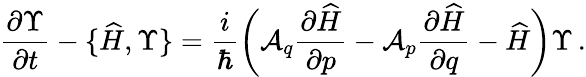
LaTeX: \frac{\partial\Upsilon}{\partial t}-\{ \widehat{H},\Upsilon\} =\frac{i}\hbar\bigg({\cal A}_{q}\frac{\partial\widehat{H}}{\partial p}-{\cal A}_{p}\frac{\partial\widehat{H}}{\partial q}-\widehat{H}\bigg)\Upsilon\, .